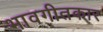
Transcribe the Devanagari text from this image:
भावगीतकार